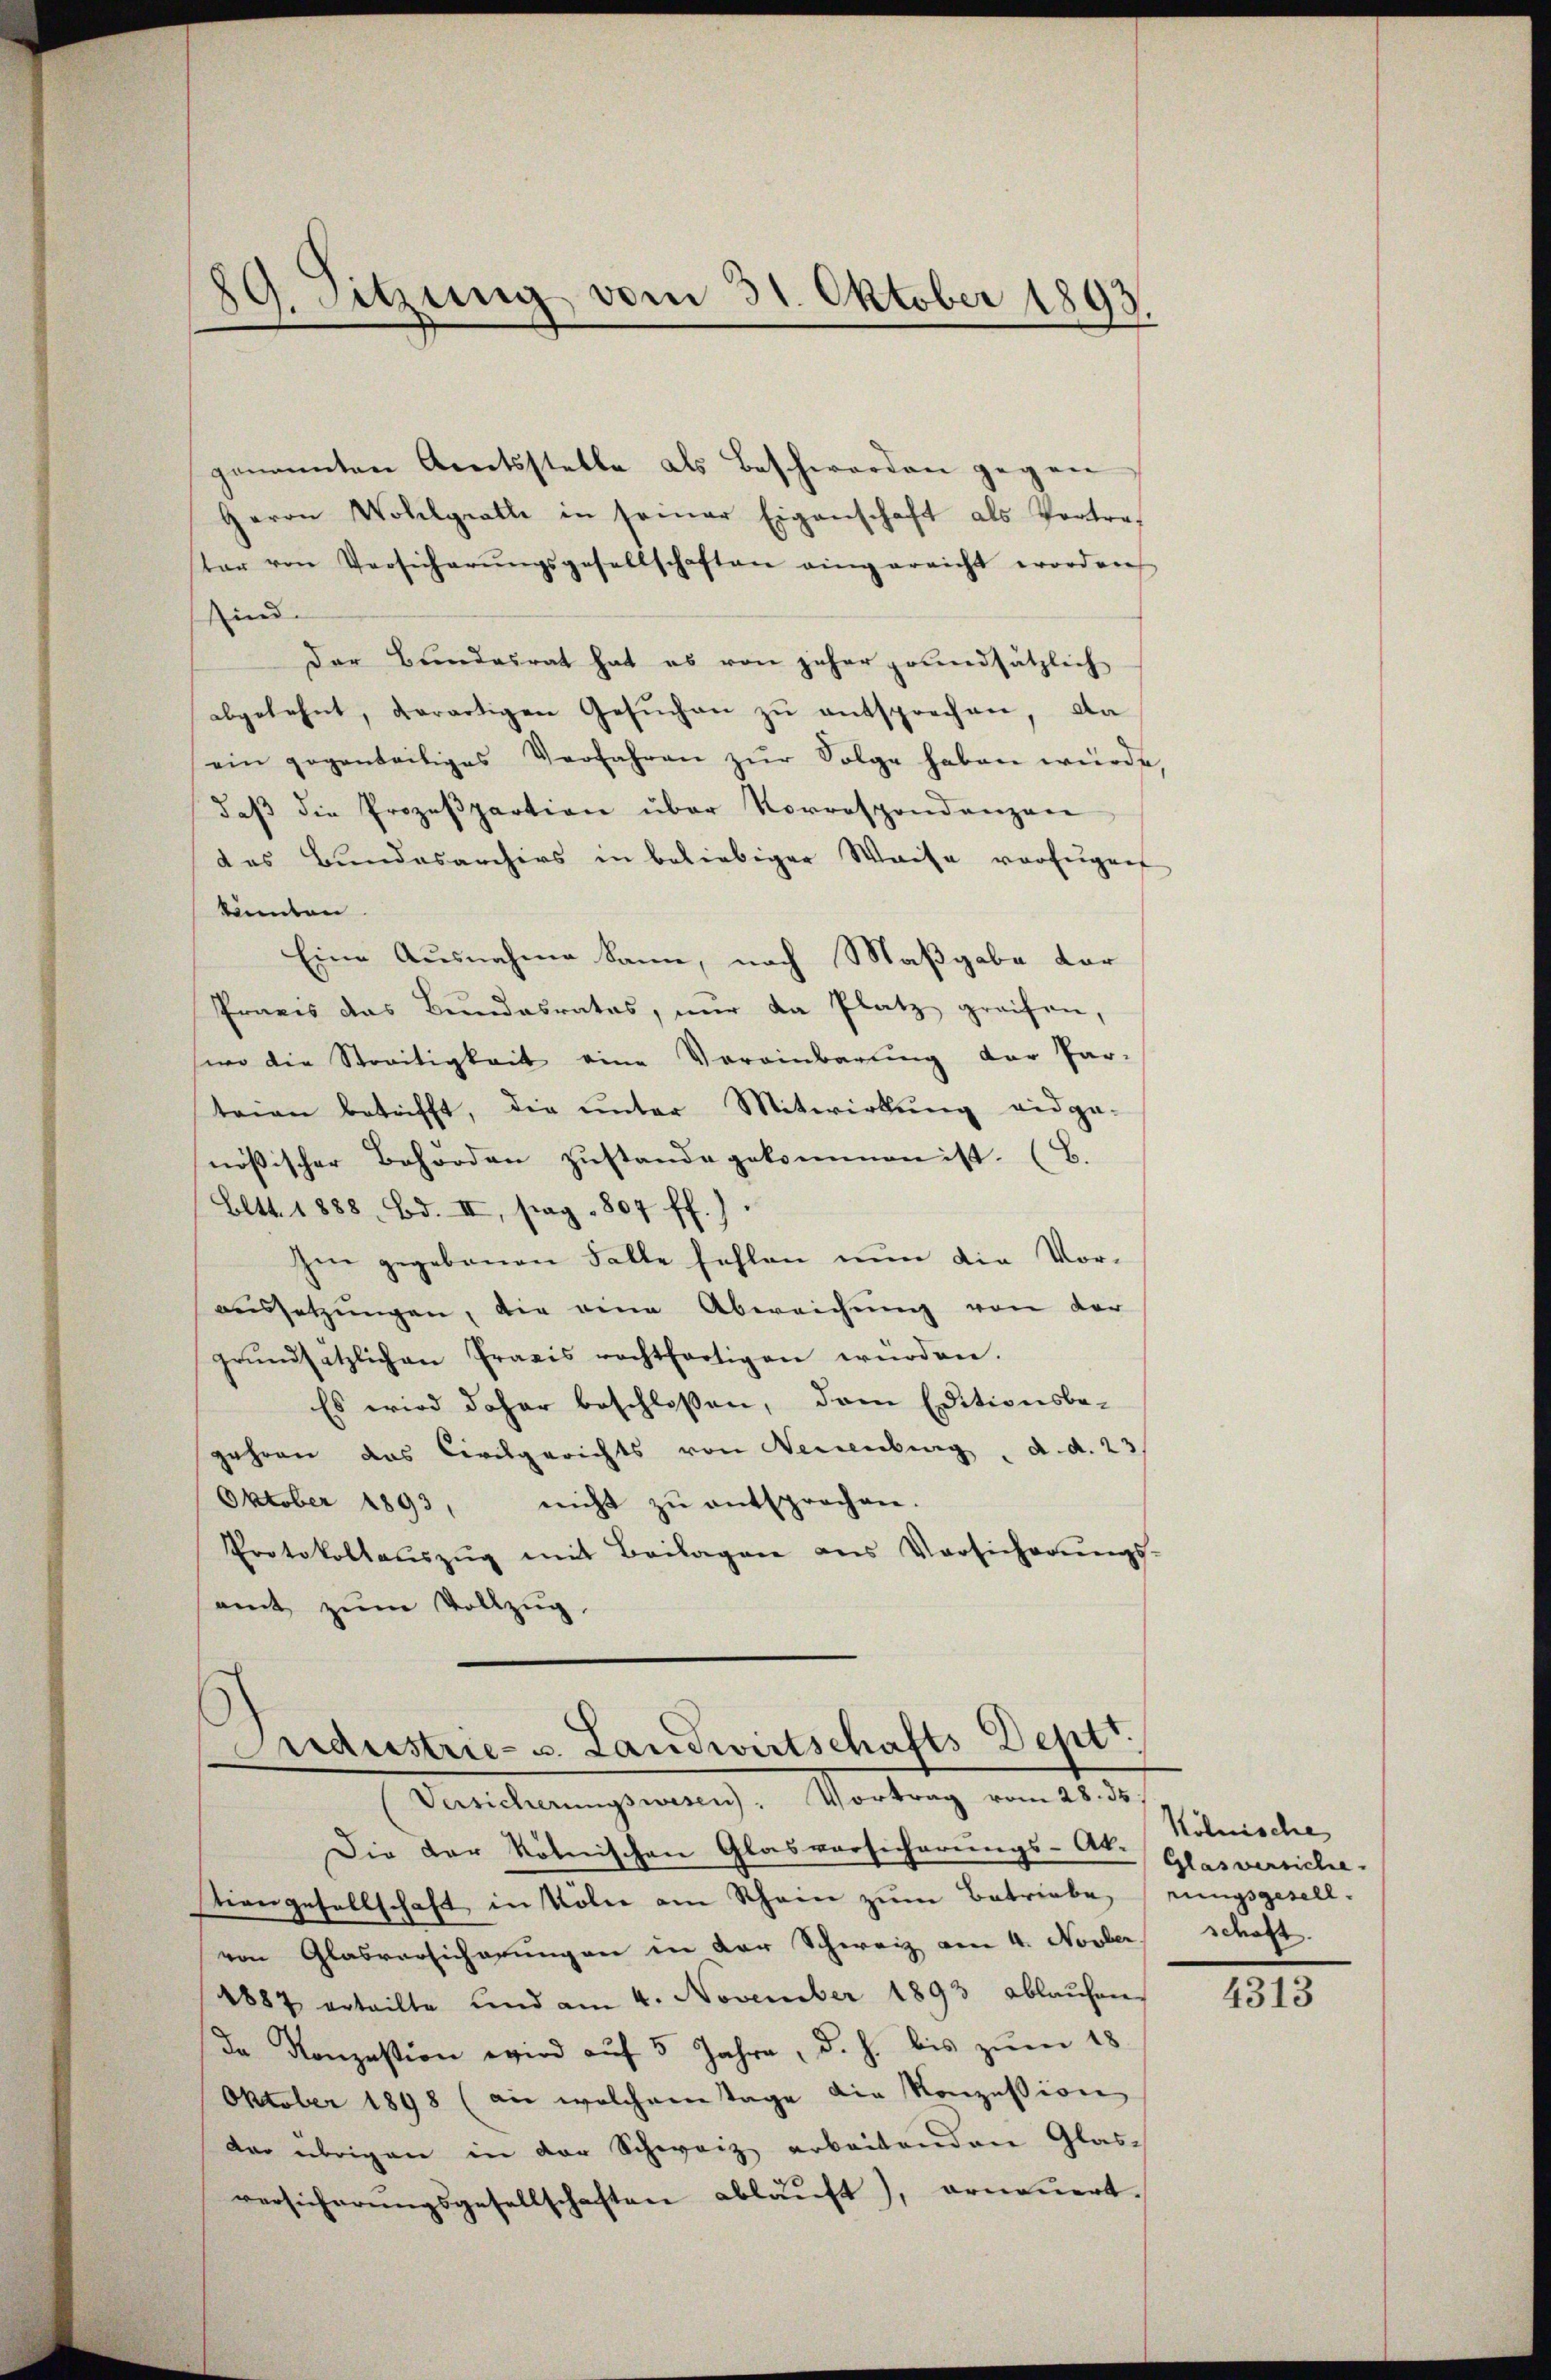
genannten Arnetsstelle als Beschwerden gegen
Herrn Wohlgrathe in seiner Eigenschaft als Portre-
ter von Versicherŭngsgesellschaften eingarnicht worden
sind.
Der Bundesrat hat es von jeher grundsätzlich
abgelehnt, derartigen Gesuchen zu entsprechen, da
ein gegenteiliges Verfahren zŭr Folge haben würde,
daß die Prozespartion über Korrespondenzen
das Bundesarchivs in beliebiger Waise verfügen
könnten
Eine Ausnahme kann, nach Maßgabe dar
Praxis das Bundesrates, nur da Platz greifen,
swo die Streitigkeit eine Vereinbarung der Par-
teien betrifft, die unter Mitwirkung eidge-
nößischer Behörden zustande gekommen ist. (B.
Eltt. 1888. Bd. II, pag. 807 ff.).
sen gegebenen Falle fehlen nun die Voraussetzŭngen, die eine Abweichung von der
grŭndsätzlichen Praxis rechtfertigen würden.
Es wird daher beschloßen, dem Editionsbe-
gehren das Civilgerichts von Neuenburg, d. d. 23,
Oktober 1893, nicht zŭ entsprochen.
Protokollaŭszŭg mit Beilagen aus Versicherŭngs-
samt zŭm Vollzug.

89. Sitzung vom 31. Oktober 1893.

Maustrie- u. Landwirtschafts-Deptr.
Versicherungswesen. Vortrag vom 28. ds.

Die der kölnischen Glasvorsicherungs-St. Glas versiche-
tiengesellschaft in Voler am Schein zum Betriebe, rungsgesell-
von Glasversicherŭngen in der Schweiz am 4. Novber schaft.
1887 erteilte und am 4. November 1893 ablaufen
Da Konzession wird auf 5 Jahre, d. h. bis zum 18.
Oktober 1898 (an welchem Tage die Konzession
dar übrigen in der Schweiz arbeitenden Glas-
versicherŭngsgesellschaften ablaŭft), erneŭert.

Kölnische

4313